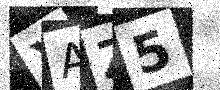
Text: XAZ5